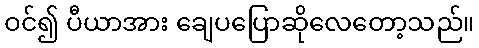
ဝင်၍ ပီယာအား ချေပပြောဆိုလေတော့သည်။